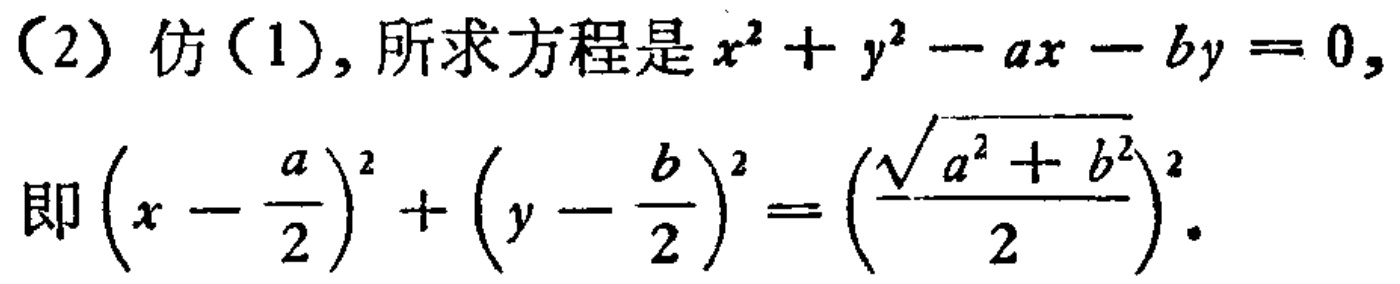
（2）仿（1）, 所求方程是\(x^{2}+y^{2}-ax - by = 0,\)
即\(\left(x - \dfrac{a}{2}\right)^{2}+\left(y - \dfrac{b}{2}\right)^{2}=\left(\dfrac{\sqrt{a^{2}+b^{2}}}{2}\right)^{2}\).